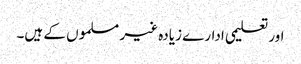
اور تعلیمی ادارے زیادہ غیر مسلموں کے ہیں۔